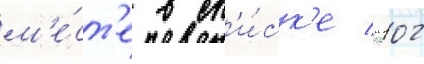
м'е́ст'е в сп'и́ск'е "102